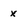
Character: x